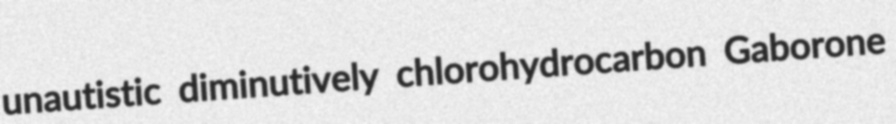
unautistic diminutively chlorohydrocarbon Gaborone